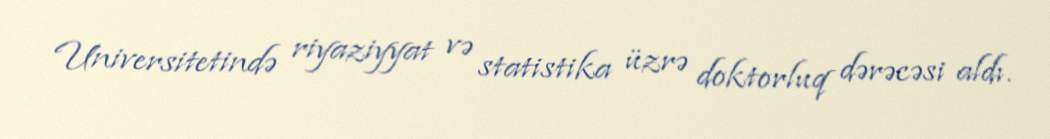
Universitetində riyaziyyat və statistika üzrə doktorluq dərəcəsi aldı.